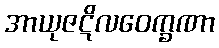
အာယုဇဋိလဝေက္ခဏာ